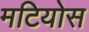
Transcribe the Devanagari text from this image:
मटियोस